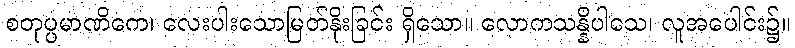
စတုပ္ပမာဏိကေ၊ လေးပါးသောမြတ်နိုးခြင်း ရှိသော။ လောကသန္နိပါသေ၊ လူအပေါင်း၌။